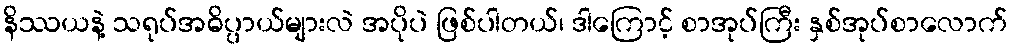
နိဿယနဲ့ သရုပ်အဓိပ္ပာယ်များလဲ အပိုပဲ ဖြစ်ပါတယ်၊ ဒါကြောင့် စာအုပ်ကြီး နှစ်အုပ်စာလောက်